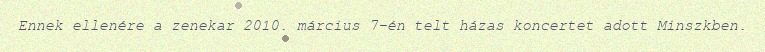
Ennek ellenére a zenekar 2010. március 7-én telt házas koncertet adott Minszkben.